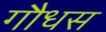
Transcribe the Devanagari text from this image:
गौधस